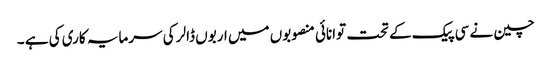
چین نے سی پیک کے تحت توانائی منصوبوں میں اربوں ڈالر کی سرمایہ کاری کی ہے ۔